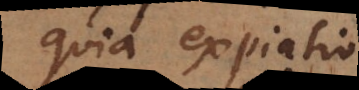
quia expiatio